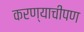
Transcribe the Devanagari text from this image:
करण्याचीपण